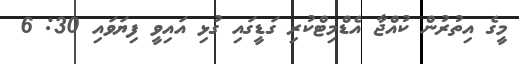
މީގެ އިތުރުން ކުއްޖާ އެޑްމިޓްކުރި ގަޑީގައި ގުޅި އައިވީ ފިޔަވައި 30: 6